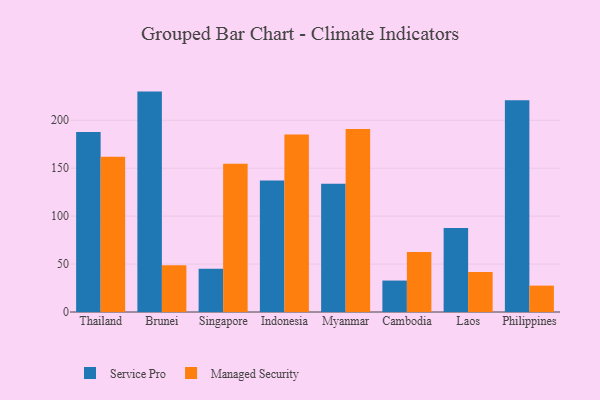
{"axis": {"x": "Country", "y": "Tickets Resolved"}, "legend": ["Managed Security", "Service Pro"], "data": [{"x": "Thailand", "y": 187.8, "type": "Service Pro"}, {"x": "Thailand", "y": 162.0, "type": "Managed Security"}, {"x": "Brunei", "y": 229.9, "type": "Service Pro"}, {"x": "Brunei", "y": 48.8, "type": "Managed Security"}, {"x": "Singapore", "y": 45.0, "type": "Service Pro"}, {"x": "Singapore", "y": 154.7, "type": "Managed Security"}, {"x": "Indonesia", "y": 137.1, "type": "Service Pro"}, {"x": "Indonesia", "y": 185.1, "type": "Managed Security"}, {"x": "Myanmar", "y": 133.7, "type": "Service Pro"}, {"x": "Myanmar", "y": 191.0, "type": "Managed Security"}, {"x": "Cambodia", "y": 32.8, "type": "Service Pro"}, {"x": "Cambodia", "y": 62.5, "type": "Managed Security"}, {"x": "Laos", "y": 87.6, "type": "Service Pro"}, {"x": "Laos", "y": 41.7, "type": "Managed Security"}, {"x": "Philippines", "y": 220.9, "type": "Service Pro"}, {"x": "Philippines", "y": 27.5, "type": "Managed Security"}]}